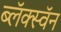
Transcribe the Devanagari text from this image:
ब्लॅक्स्वॅन